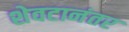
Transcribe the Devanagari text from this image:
शेवटानंतर